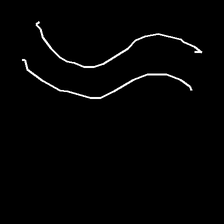
Glyph: float